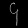
Digit: ၄